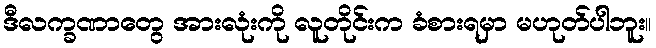
ဒီလက္ခဏာတွေ အားလုံးကို လူတိုင်းက ခံစားရမှာ မဟုတ်ပါဘူး။